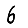
Digit: 6